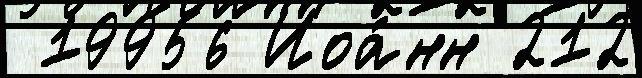
 19956 Иоа́нн 212